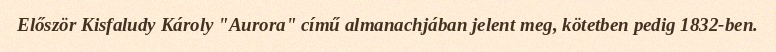
Először Kisfaludy Károly "Aurora" című almanachjában jelent meg, kötetben pedig 1832-ben.